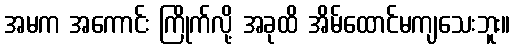
အမက အကောင်း ကြိုက်လို့ အခုထိ အိမ်ထောင်မကျသေးဘူး။